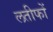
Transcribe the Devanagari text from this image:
लतीफों